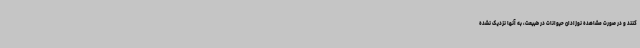
کنند و در صورت مشاهده نوزادان حیوانات در طبیعت، به آنها نزدیک نشده